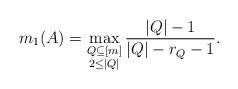
LaTeX: \begin{align*} m_1(A) = \max_{\substack{Q \subseteq [m] \\ 2 \leq |Q|}} \frac{|Q|-1}{|Q|-r_Q-1}.\end{align*}